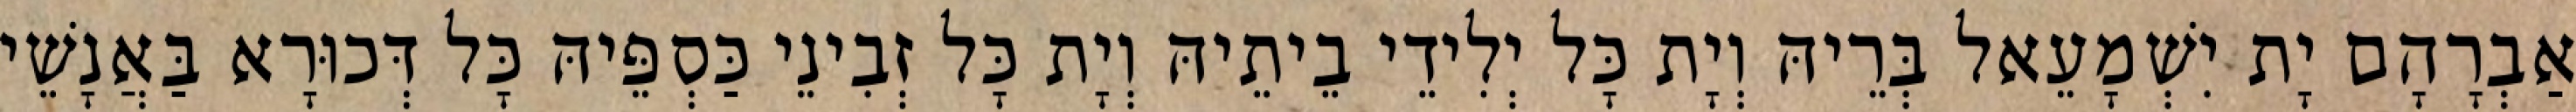
אַבְרָהָם יָת יִשְׁמָעֵאל בְּרֵיהּ וְיָת כָּל יְלִידֵי בֵיתֵיהּ וְיָת כָּל זְבִינֵי כַּסְפֵּיהּ כָּל דְּכוּרָא בַּאֲנָשֵׁי